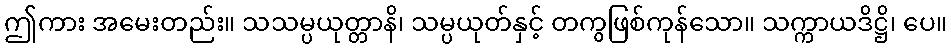
ဤကား အမေးတည်း။ သသမ္ပယုတ္တာနိ၊ သမ္ပယုတ်နှင့် တကွဖြစ်ကုန်သော။ သက္ကာယဒိဋ္ဌိ၊ ပေ။